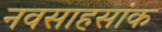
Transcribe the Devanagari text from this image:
नवसाहसांक